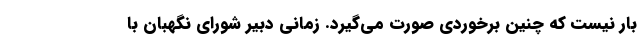
بار نیست که چنین برخوردی صورت می‌گیرد. زمانی دبیر شورای نگهبان با